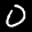
Label: 0